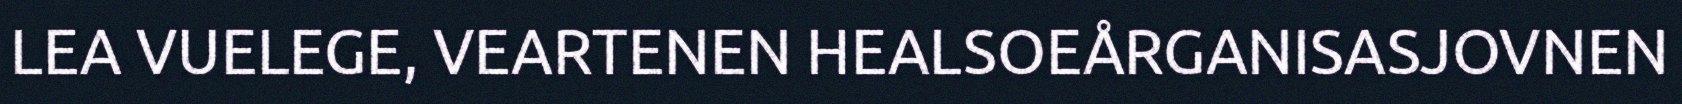
LEA VUELEGE, VEARTENEN HEALSOEÅRGANISASJOVNEN